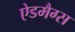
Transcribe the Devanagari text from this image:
ऐडमैग्स